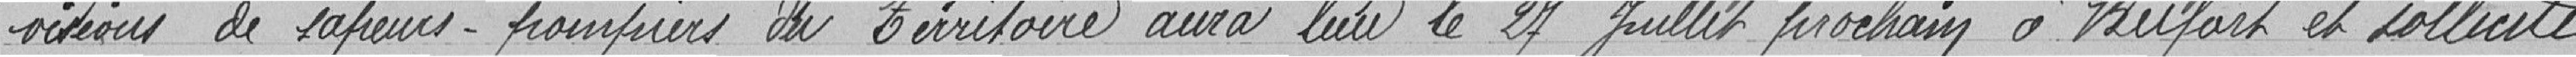
visions de sapeurs-pompiers du Territoire aura lieu le 27 Juillet prochain à Belfort et sollicite